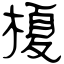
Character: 榎